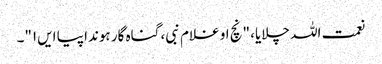
نعمت اللہ چلایا، "نچ او غلام نبی، گناہ گار ہوندا پیا ایں۱"۔